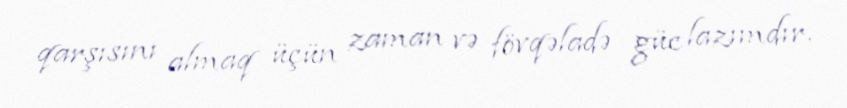
qarşısını almaq üçün zaman və fövqəladə güc lazımdır.